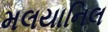
મલયાનિલ